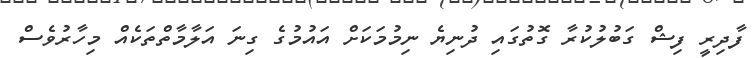
ފާދިރީ ފިޝް ގަބުލުކުރާ ގޮތުގައި ދުނިޔެ ނިމުމަކަށް އައުމުގެ ގިނަ އަލާމާތްތަކެއް މިހާރުވެސް